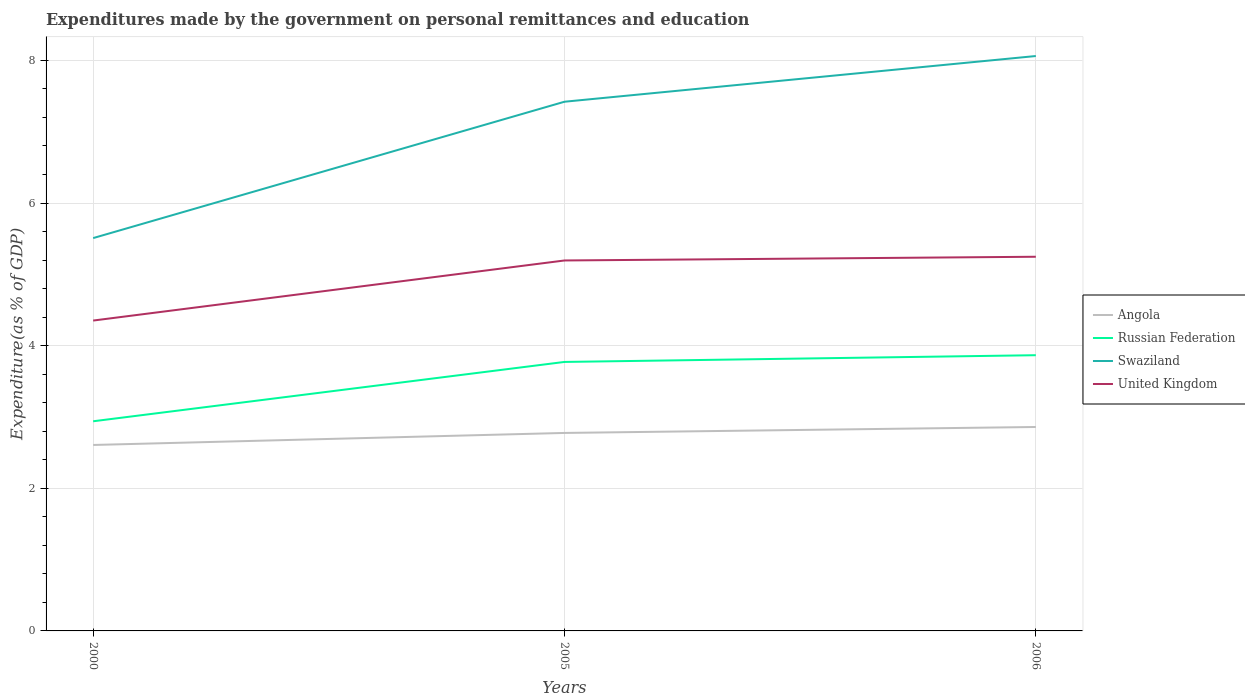
| Years | Angola | Russian Federation | Swaziland | United Kingdom |
 | --- | --- | --- | --- | --- |
 | 2000 | 2.61 | 2.94 | 5.51 | 4.35 |
 | 2005 | 2.78 | 3.77 | 7.42 | 5.19 |
 | 2006 | 2.86 | 3.87 | 8.06 | 5.25 |